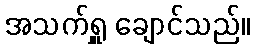
အသက်ရှူ ချောင်သည်။